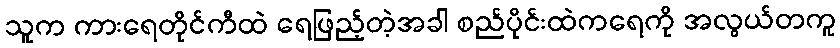
သူက ကားရေတိုင်ကီထဲ ရေဖြည့်တဲ့အခါ စည်ပိုင်းထဲကရေကို အလွယ်တကူ